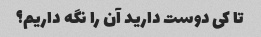
تا کی دوست دارید آن را نگه داریم؟